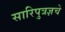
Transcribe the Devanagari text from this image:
सारिपुत्रज्ञचे